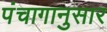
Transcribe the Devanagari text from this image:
पंंचागानुसार